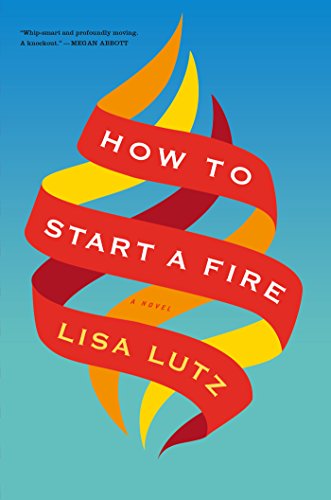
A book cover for How to Start a Fire; Lisa Lutz; Literature & Fiction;